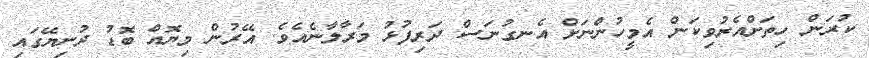
ކުރަން ހިތަށްއެރުވިކަން އެމީހުންނަށް އެނގުނަސް ދަރިފުޅު މަރާލާނެއެވެ. އޭރުން މިޔޮއް ބޮޑު ދުނިޔޭގައި